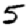
Digit: 5